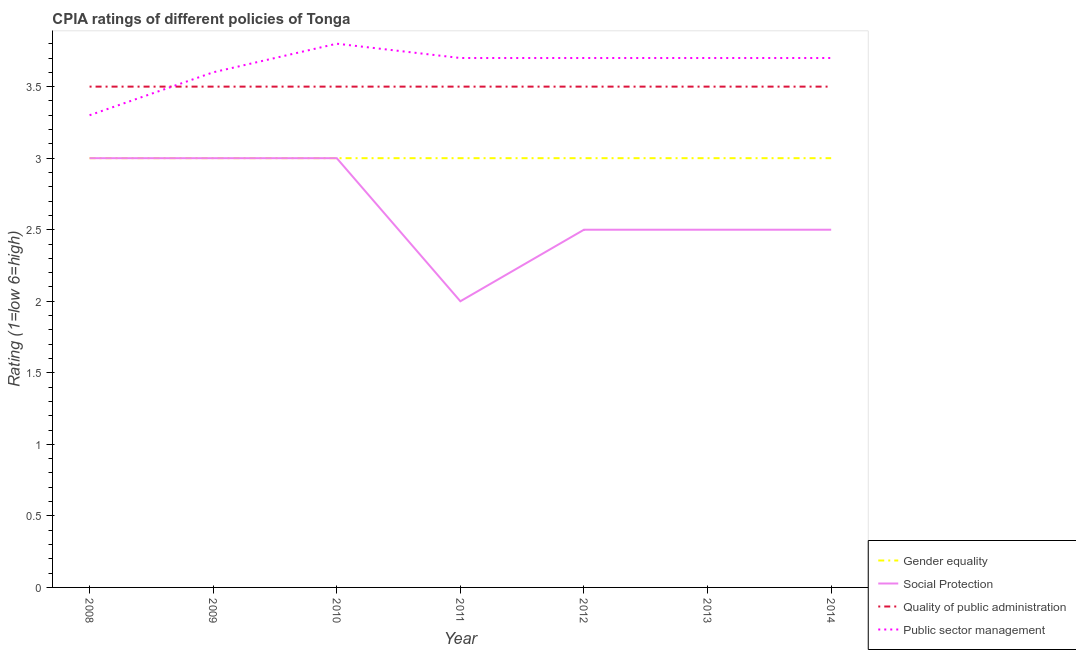
| Year | Gender equality | Social Protection | Quality of public administration | Public sector management |
 | --- | --- | --- | --- | --- |
 | 2008 | 3 | 3 | 3.5 | 3.3 |
 | 2009 | 3 | 3 | 3.5 | 3.6 |
 | 2010 | 3 | 3 | 3.5 | 3.8 |
 | 2011 | 3 | 2 | 3.5 | 3.7 |
 | 2012 | 3 | 2.5 | 3.5 | 3.7 |
 | 2013 | 3 | 2.5 | 3.5 | 3.7 |
 | 2014 | 3 | 2.5 | 3.5 | 3.7 |